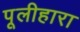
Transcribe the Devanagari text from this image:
पूलीहारा